Report on the bubonic plague in Bombay, 1896-1897
Year: 1896
Disease focus: Plague
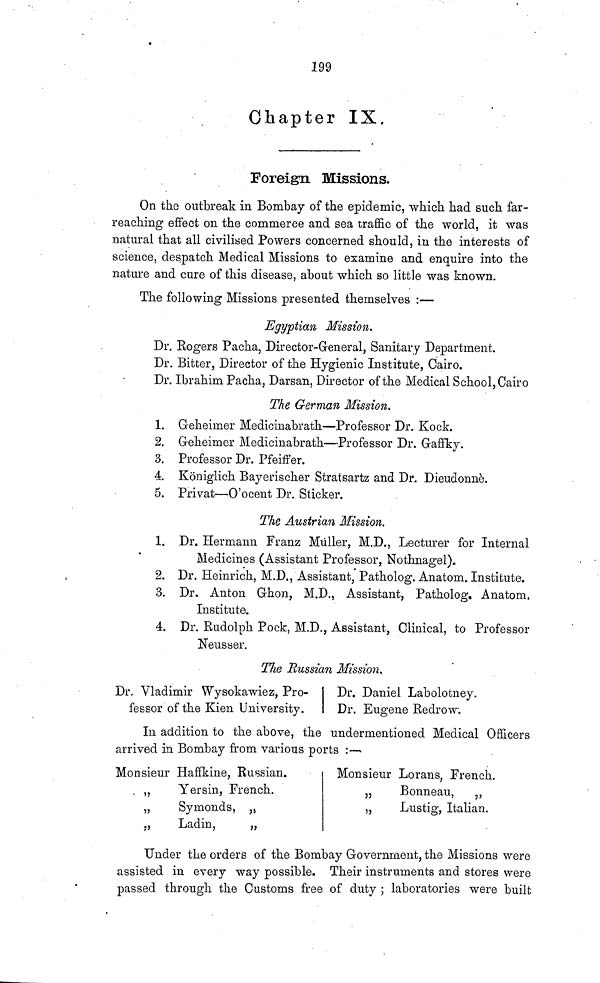
199
Chapter IX.
Foreign Missions.
On the outbreak in Bombay of the epidemic, which had such far-
reaching effect on the commerce and sea traffic of the world, it was
natural that all civilised Powers concerned should, in the interests of
science, despatch Medical Missions to examine and enquire into the
nature and cure of this disease, about which so little was known.
The following Missions presented themselves :—
Egyptian Mission.
Dr. Rogers Pacha, Director-General, Sanitary Department.
Dr. Bitter, Director of the Hygienic Institute, Cairo.
Dr. Ibrahim Pacha, Darsan, Director of the Medical School, Cairo
The German Mission.
1. Geheimer Medicinabrath—Professor Dr. Kock.
2. Geheimer Medicinabrath—Professor Dr. G-affky.
3. Professor Dr. Pfeiffer.
4. Königlich Bayerischer Stratsartz and Dr. Dieudonnè.
5. Privat—O'ocent Dr. Sticker.
The Austrian Mission.
1. Dr. Hermann Franz Müller, M.D., Lecturer for Internal
Medicines (Assistant Professor, Nothnagel).
2. Dr. Heinrich, M.D., Assistant, Patholog. Anatom. Institute.
3. Dr. Anton Ghon, M.D., Assistant, Patholog. Anatom.
Institute.
4. Dr. Rudolph Pock, M.D., Assistant, Clinical, to Professor
Neusser.
The Russian Mission.
Dr. Vladimir Wysokawiez, Pro-
Dr. Daniel Labolotney.
fessor of the Kien University.
Dr. Eugene Redrew.
In addition to the above, the undermentioned Medical Officers
arrived in Bombay from various ports :—
Monsieur Haffkine, Russian.
„
Y er sin, French.
„
Symonds, „
„
Ladin,
„
Monsieur Lorans, French.
„
Bonneau, ,,
,,
Lustig, Italian.
Under the orders of the Bombay Government, the Missions were
assisted in every way possible. Their instruments and stores were
passed through the Customs free of duty ; laboratories were built